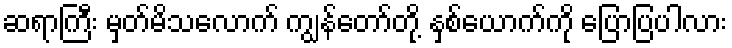
ဆရာကြီး မှတ်မိသလောက် ကျွန်တော်တို့ နှစ်ယောက်ကို ပြောပြပါလား